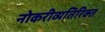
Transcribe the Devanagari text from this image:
नोकरीव्यतिरिक्त